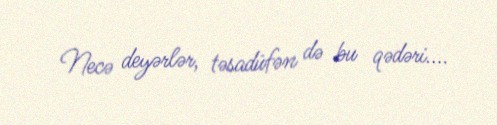
Necə deyərlər, təsadüfən də bu qədəri....